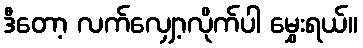
ဒီတော့ လက်လျှော့လိုက်ပါ မွှေးရယ်။